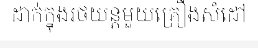
ដាក់ក្នុងរថយន្តមួយគ្រឿងសំដៅ